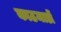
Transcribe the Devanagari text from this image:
काठमाडों